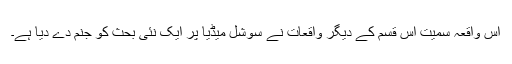
اس واقعہ سمیت اس قسم کے دیگر واقعات نے سوشل میڈیا پر ایک نئی بحث کو جنم دے دیا ہے۔